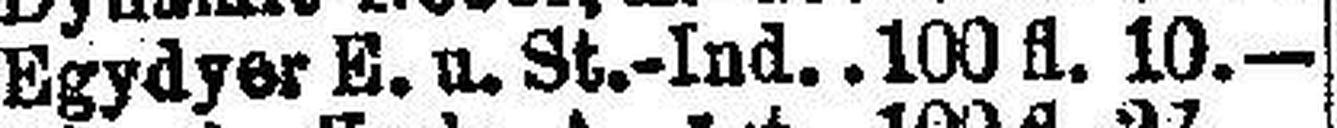
Egydyer E. u. St.-Ind. 100 fl. 10.—